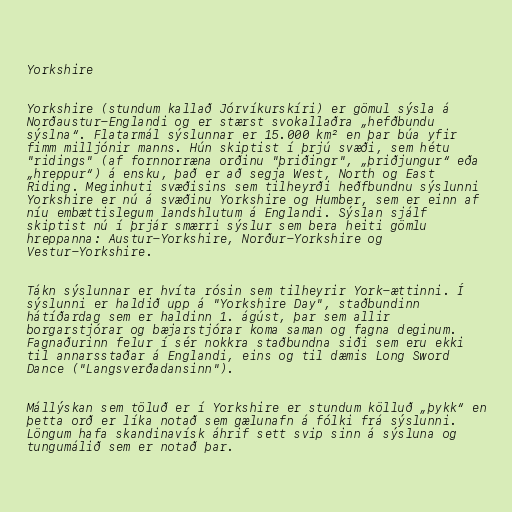
Yorkshire

Yorkshire (stundum kallað Jórvíkurskíri) er gömul sýsla á
Norðaustur-Englandi og er stærst svokallaðra „hefðbundu
sýslna“. Flatarmál sýslunnar er 15.000 km² en þar búa yfir
fimm milljónir manns. Hún skiptist í þrjú svæði, sem hétu
"ridings" (af fornnorræna orðinu "þriðingr", „þriðjungur“ eða
„hreppur“) á ensku, það er að segja West, North og East
Riding. Meginhuti svæðisins sem tilheyrði heðfbundnu sýslunni
Yorkshire er nú á svæðinu Yorkshire og Humber, sem er einn af
níu embættislegum landshlutum á Englandi. Sýslan sjálf
skiptist nú í þrjár smærri sýslur sem bera heiti gömlu
hreppanna: Austur-Yorkshire, Norður-Yorkshire og
Vestur-Yorkshire.

Tákn sýslunnar er hvíta rósin sem tilheyrir York-ættinni. Í
sýslunni er haldið upp á "Yorkshire Day", staðbundinn
hátíðardag sem er haldinn 1. ágúst, þar sem allir
borgarstjórar og bæjarstjórar koma saman og fagna deginum.
Fagnaðurinn felur í sér nokkra staðbundna siði sem eru ekki
til annarsstaðar á Englandi, eins og til dæmis Long Sword
Dance ("Langsverðadansinn").

Mállýskan sem töluð er í Yorkshire er stundum kölluð „þykk“ en
þetta orð er líka notað sem gælunafn á fólki frá sýslunni.
Löngum hafa skandinavísk áhrif sett svip sinn á sýsluna og
tungumálið sem er notað þar.